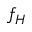
f _ { H }